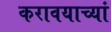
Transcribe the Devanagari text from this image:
करावयाच्यां